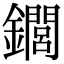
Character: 䥨